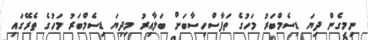
ނިމިގެން ދިޔަ ޑިސެމްބަރު މަހުގެ ތަފާސްހިސާބަށް ބަލާއިރު މިދިޔަ ޑިސެމްބަރު މަހުގެ ތެރޭގައި